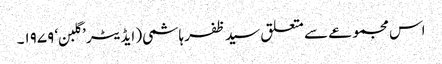
اس مجموعے سے متعلق سید ظفر ہاشمی( ایڈیٹر ’گلبن‘ ۱۹۷۹۔